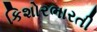
કિશોરભારતી